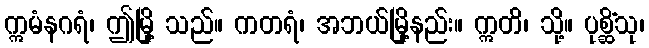
ဣမံနဂရံ၊ ဤမြို့ သည်။ ကတရံ၊ အဘယ်မြို့နည်း။ ဣတိ၊ သို့။ ပုစ္ဆိံသု၊